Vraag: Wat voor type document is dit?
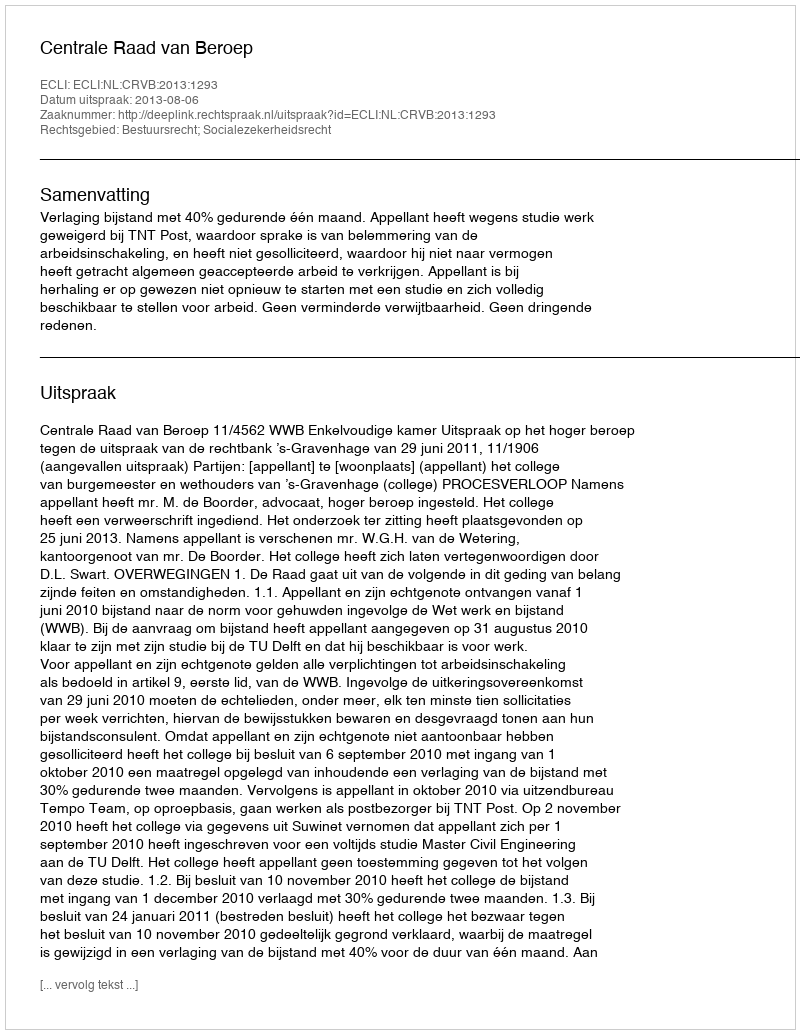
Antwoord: Uitspraak